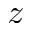
z